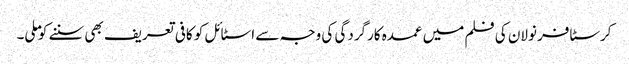
کرسٹافر نولان کی فلم میں عمدہ کارگردگی کی وجہ سے اسٹائل کو کافی تعریف بھی سننے کو ملی۔